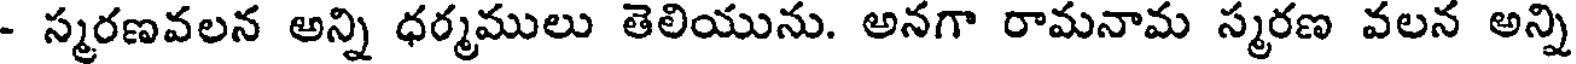
- స్మరణవలన అన్ని ధర్మములు తెలియును. అనగా రామనామ స్మరణ వలన అన్ని